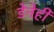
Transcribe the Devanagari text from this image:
डेनेही